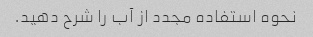
نحوه استفاده مجدد از آب را شرح دهید.